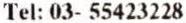
TEL: 03- 55423228